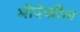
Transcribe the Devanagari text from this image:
मीदेखील